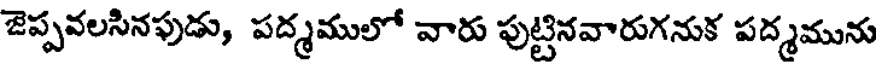
జెప్పవలసినపుడు, పద్మములో వారు పుట్టినవారుగనుక పద్మమును